Vaccination North-Western Provinces 1866-1877 - 1866-1877
Year: 1866
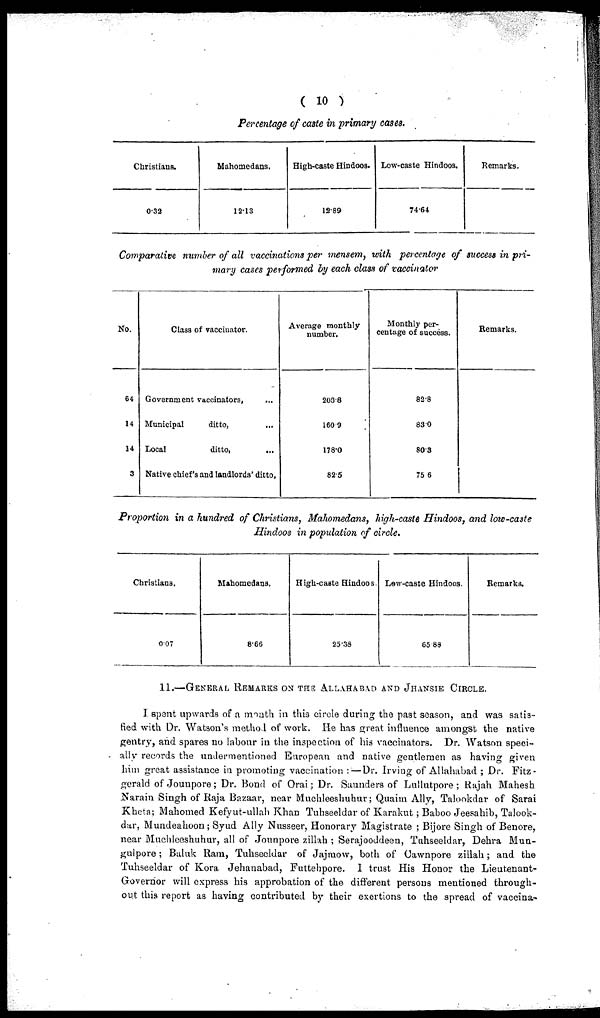
( 10 )
Percentage of caste in primary cases.
Christians.
0.32
Mahomedans.
12.13
High-caste Hindoos.
12.89
Low-caste Hindoos.
74.64
Remarks.
Comparative number of all vaccinations per mensem, with percentage of success in pri-
mary cases performed by each class of vaccinator
No.
64
14
14
3
Class of vaccinator.
Government vaccinators,
...
Municipal
ditto,
...
Local
ditto,
...
Native chief's and landlords' ditto,
Average monthly
number.
203.8
160.9
178.0
82.5
Monthly per-
centage of success.
82.8
83.0
80.3
75.6
Remarks.
Proportion in a hundred of Christians, Mahomedans, high-caste Hindoos, and low-caste
Hindoos in population of circle.
Christians.
0.07
Mahomedans.
8.66
High-caste Hindoos.
25.38
Low-caste Hindoos.
65.88
Remarks.
11.—GENERAL REMARKS ON THE ALLAHABAD AND JHANSIE CIRCLE.
I spent upwards of a month in this circle during the past season, and was satis-
fied with Dr. Watson's method of work. He has great influence amongst the native
gentry, and spares no labour in the inspection of his vaccinators. Dr. Watson speci-
ally records the undermentioned European and native gentlemen as having given
him great assistance in promoting vaccination : — Dr. Irving of Allahabad ; Dr. Fitz-
gerald of Jounpore; Dr. Bond of Orai; Dr. Saunders of Lullutpore ; Rajah Mahesh
Narain Singh of Raja Bazaar, near Muchleeshuhur; Quaim Ally, Talookdar of Sarai
Kheta; Mahomed Kefyut-ullah Khan Tuhseeldar of Karakut; Baboo Jeesahib, Talook-
dar, Mundeahoon; Syud Ally Nusseer, Honorary Magistrate ; Bijore Singh of Benore,
near Muchleeshuhur, all of Jounpore zillah ; Serajooddeen, Tuhseeldar, Dehra Mun-
gulpore; Baluk Ram, Tuhseeldar of Jajmow, both of Cawnpore zillah; and the
Tuhseeldar of Kora Jehanabad, Futtehpore. I trust His Honor the Lieutenant-
Governor will express his approbation of the different persons mentioned through-
out this report as having contributed by their exertions to the spread of vaccina-